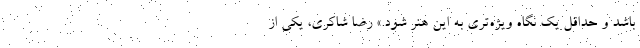
باشد و حداقل یک نگاه ویژه‌تری به این هنر شود.» رضا شاکری، یکی از